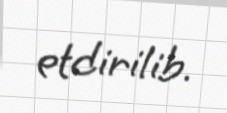
etdirilib.